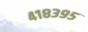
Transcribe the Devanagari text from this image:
४१८३९५